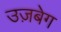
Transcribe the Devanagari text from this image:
उज़बेग